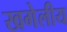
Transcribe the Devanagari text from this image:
खगेलीय